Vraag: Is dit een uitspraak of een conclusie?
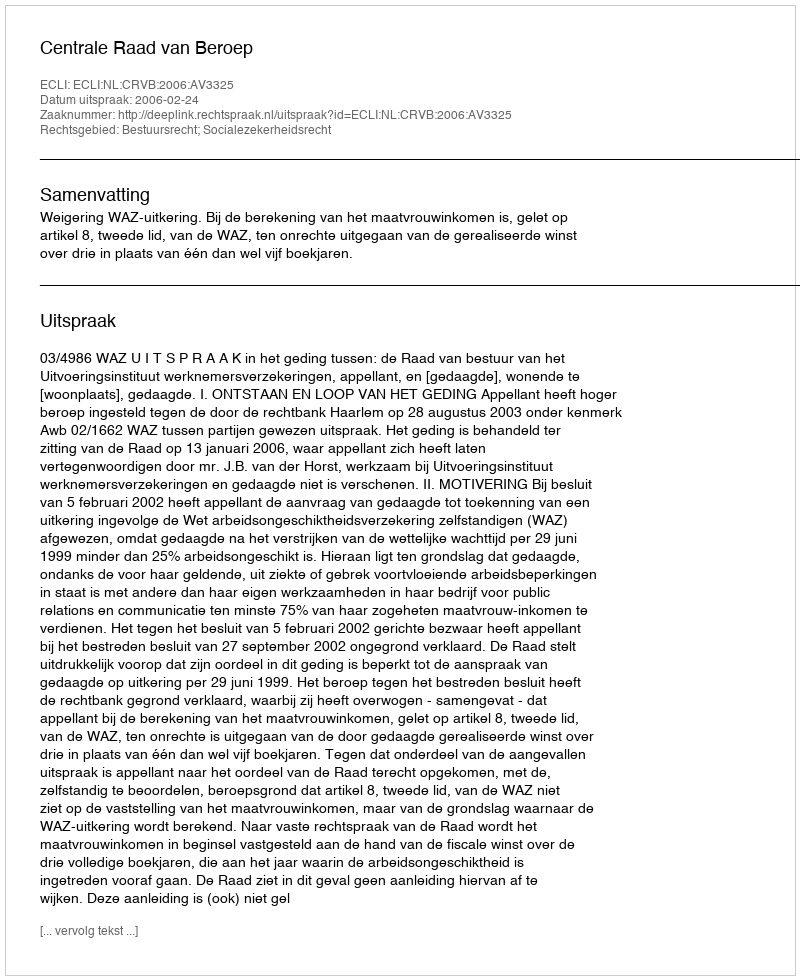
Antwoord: Uitspraak